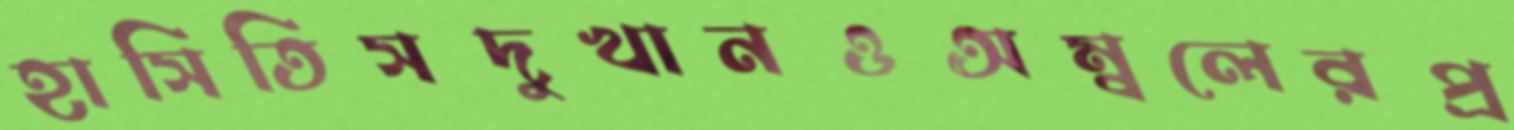
হাসিতিসদুখানওঅম্বলেরপ্র